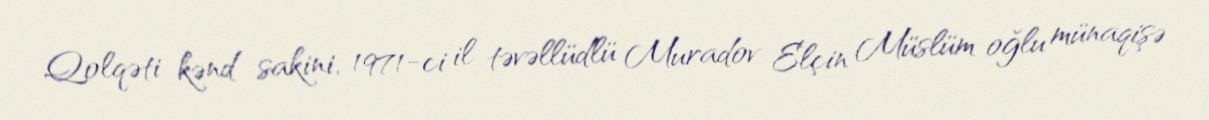
Qolqəti kənd sakini, 1971-ci il təvəllüdlü Muradov Elçin Müslüm oğlu münaqişə